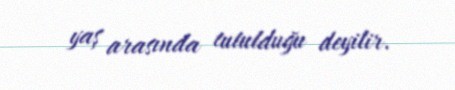
yaş arasında tutulduğu deyilir.